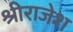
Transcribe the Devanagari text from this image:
श्रीराजेश